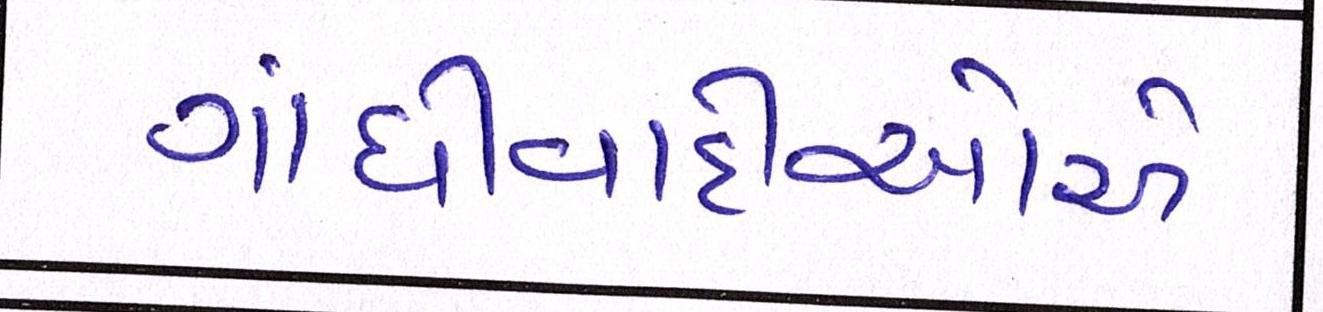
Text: ગાંધીવાદીઓએ